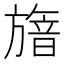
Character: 𣄕